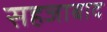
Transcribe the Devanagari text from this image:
सहजाबाद